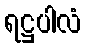
ရဋ္ဌပါလံ